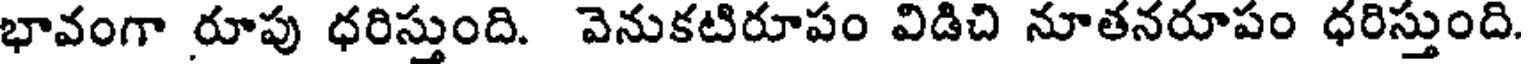
భావంగా రూపు ధరిస్తుంది. వెనుకటిరూపం విడిచి నూతనరూపం ధరిస్తుంది.